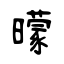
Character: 曚